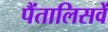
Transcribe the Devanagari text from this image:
पैंतालिसवें